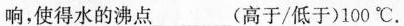
响，使得水的沸点___(高于/低于)100 ^{\circ}C。